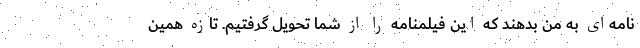
نامه‌ای به من بدهند که این فیلمنامه را از شما تحویل گرفتیم. تازه همین